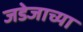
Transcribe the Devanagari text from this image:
जडेजाच्या